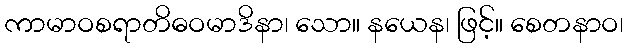
ကာမာဝစရာတိဓဝမာဒိနာ၊ သော။ နယေန၊ ဖြင့်။ စေတနာဝ၊